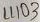
Text: LL103